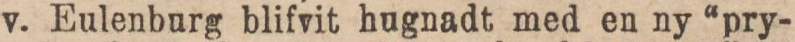
v. Eulenburg blifvit hugnadt med en ny “pry-